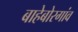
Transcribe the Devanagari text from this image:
बाहेबोरगांव